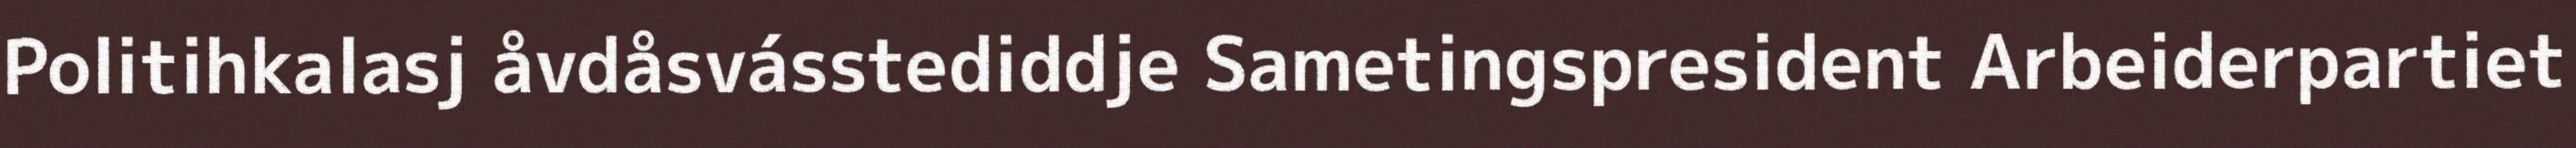
Politihkalasj åvdåsvásstediddje Sametingspresident Arbeiderpartiet